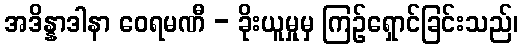
အဒိန္နာဒါနာ ဝေရမဏီ - ခိုးယူမှုမှ ကြဉ်ရှောင်ခြင်းသည်၊